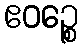
ဧဝဉ္စေ